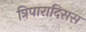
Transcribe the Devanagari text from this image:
त्रिपारादिसस